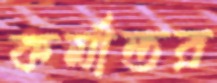
কর্মান্তর